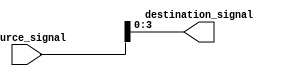
module part_select_assign (
    input [7:0] source_signal,
    output [3:0] destination_signal
);

assign destination_signal = source_signal[3:0];

endmodule